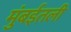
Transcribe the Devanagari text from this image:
मुंबईतली